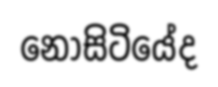
නොසිටියේද